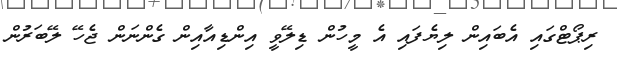
ރިޕޯޓްގައި އެބައިން ލިޔެފައި އެ މީހުން ޑިލޭވީ އިންޑިއާއިން ގެންނަން ޖެހޭ ލޭބަރުން